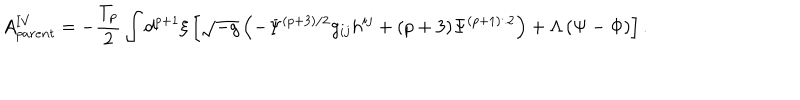
A _ { p a r e n t } ^ { \mathrm { I V } } = - \frac { T _ { p } } { 2 } \int d ^ { p + 1 } { \xi } \left[ \sqrt { - g } \left( - { \Psi } ^ { ( p + 3 ) / 2 } g _ { i j } h ^ { i j } + ( p + 3 ) { \Psi } ^ { ( p + 1 ) / 2 } \right) + { \Lambda } \left( { \Psi } - { \Phi } \right) \right] .